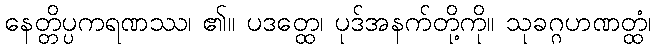
နေတ္တိပ္ပကရဏဿ၊ ၏။ ပဒတ္ထေ၊ ပုဒ်အနက်တို့ကို။ သုခဂ္ဂဟဏတ္ထံ၊